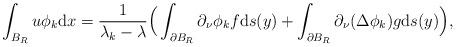
LaTeX: \begin{align*}\int_{B_R} u \phi_k {\rm d}x = \frac{1}{\lambda_k - \lambda} \Big(\int_{\partial B_R} \partial_\nu\phi_k f {\rm d}s(y) + \int_{\partial B_R} \partial_\nu(\Delta\phi_k)g{\rm d}s(y)\Big),\end{align*}